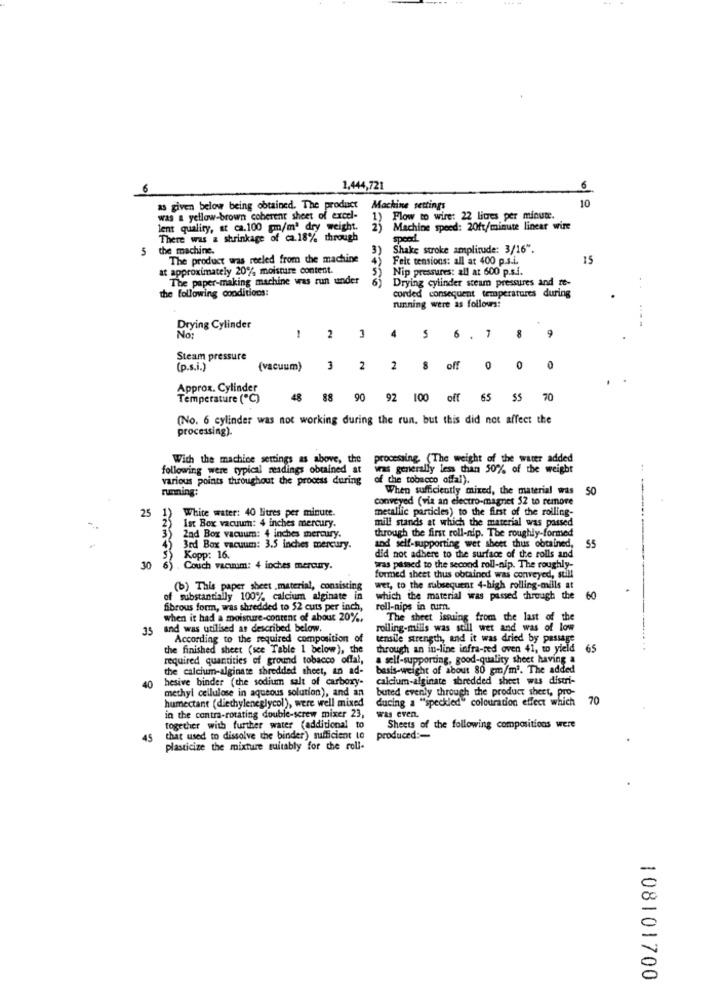
6
1,444,721
6
10
as given below being obtained. The product
Machine settings
was a yellow-brown coherent sheet of excel-
1) Flow to wire: 22 litres per minute.
lent quality, at ca.100 gm/m' dry weight.
Machine speed: 20ft/minute linear wire
There was a shrinkage of ca.18% through
spoed
5
the machine.
3)
Shake stroke amplitude: 3/16".
The product was reeled from the machine
Feix tensions: all at 400 p.s.L.
15
It approximately 20% moisture content.
Nip pressures: all at 600 p.s.i.
The paper-making machine was run under
Drying cylinder steam pressures and te-
the following conditions:
corded consequent temperatures during
running were as follows:
Drying Cylinder
9
No:
2
4
S
8
Steam pressure
(p.s.i.)
(vacuum)
3
2
2
8 of 0 0
0
Approx. Cylinder
Temperature ("℃)
48
88
90
92
100 off 65 $5 7
(No. 6 cylinder was not working during the run, but this did not affect the
processing).
With the machine settings as above, the
processing. (The weight of the water added
following were typical meadings obtained at was generally less than 50% of the weight
various points throughout the process during
of the tobacco offal).
running:
When sufficiently mixed, the material was
50
conveyed (via an electro-magnet 52 to remore
1)
White water: 40 litres per minute.
metallic particles) to the first of the rolling-
25
mill stands at which the material was passed
Ist Box vacuum: 4 inches mercury.
through the first roll-nip. The roughly-formed
2nd Box vacuum: 4 inches mercury.
and self-supporting wet sheet thus obtained,
Bed Box vacuum: 3.5 inches mercury.
55
Kopp: 16.
did not adhere to the surface of the rolls and
30
. Couch vacuum: 4 inches mercury.
tras passed to the second roll-nip. The roughly-
formed sheet thus obtained was conveyed, still
(b) This paper sheet .material, consisting
wer, to the subsequent 4-high rolling-mills at
of substantially 100% calcium alginate in
which the material was passed through the 60
fibrous form, was shredded to 52 cuts per inch,
rell-nips in cumn.
when it had a moisture-content of about 20%,
The sheet issuing from the last of the
35
and was utilised as described below.
rolling-mills was still wet and was of low
According to the required composition of
tensile strength, and it was dried by passage
the finished sheet (see Table 1 below), the
through an in-line infra-red oven 41, to yield
65
required quantities of ground tobacco offal,
a self-supporting, good-quality sheet having a
the calcium-alginate shredded sheet, an ad-
basis-weight of about 80 gm/m2. The added
40
hesive binder (the sodium salt of carbory-
calcium-alginate shredded sheet was distri-
methyl cellulose in aqueous solution), and an
buted evenly through the product sheet, pro-
humectant (diethyleneglycol), were well mixed
ducing a "speckled" colouration effect which
70
in the contra-rotating double-screw mixer 23,
was even.
together with further water (additional to
Sheets of the following compositions were
45
that used to dissolve the binder) sufficient to
produced :-
plasticize the mixture suitably for che roll-
108101700